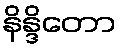
နိန္ဒိတော